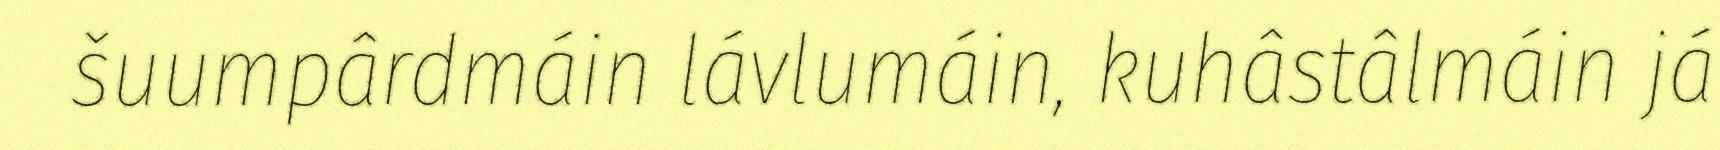
šuumpârdmáin lávlumáin, kuhâstâlmáin já